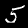
Label: 5